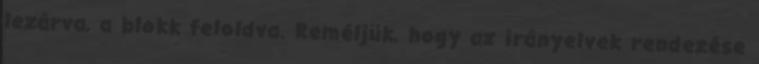
lezárva, a blokk feloldva. Reméljük, hogy az irányelvek rendezése